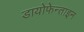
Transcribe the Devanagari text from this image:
डायोफेन्ताइन